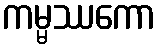
ကမ္မဿကော